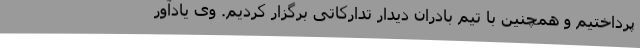
پرداختیم و همچنین با تیم بادران دیدار تدارکاتی برگزار کردیم. وی یادآور